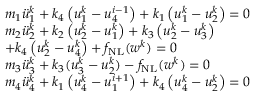
\begin{array} { r l } & { m _ { 1 } \ddot { u } _ { 1 } ^ { k } + k _ { 4 } \left( u _ { 1 } ^ { k } - u _ { 4 } ^ { i - 1 } \right) + k _ { 1 } \left( u _ { 1 } ^ { k } - u _ { 2 } ^ { k } \right) = 0 } \\ & { m _ { 2 } \ddot { u } _ { 2 } ^ { k } + k _ { 2 } \left( u _ { 2 } ^ { k } - u _ { 1 } ^ { k } \right) + k _ { 3 } \left( u _ { 2 } ^ { k } - u _ { 3 } ^ { k } \right) } \\ & { + k _ { 4 } \left( u _ { 2 } ^ { k } - u _ { 4 } ^ { k } \right) + f _ { \mathrm { N L } } ( w ^ { k } ) = 0 } \\ & { m _ { 3 } \ddot { u } _ { 3 } ^ { k } + k _ { 3 } ( u _ { 3 } ^ { k } - u _ { 2 } ^ { k } ) - f _ { \mathrm { N L } } ( w ^ { k } ) = 0 } \\ & { m _ { 4 } \ddot { u } _ { 4 } ^ { k } + k _ { 1 } \left( u _ { 4 } ^ { k } - u _ { 1 } ^ { i + 1 } \right) + k _ { 4 } \left( u _ { 4 } ^ { k } - u _ { 2 } ^ { k } \right) = 0 } \end{array}